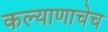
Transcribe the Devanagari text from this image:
कल्याणाचेच